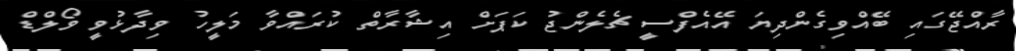
ރާއްޖޭގައި ބޭއްވިގެންދިޔަ އޭއެފްސީ ޗެލެންޖު ކަޕަށް އިޝާރާތް ކުރައްވާ މަލީހު ވިދާޅުވީ ވޯލްޑް